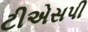
ટીએસપી